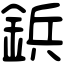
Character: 鋲